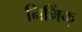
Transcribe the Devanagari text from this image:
निर्मिक्